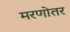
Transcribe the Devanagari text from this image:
मरणोतर